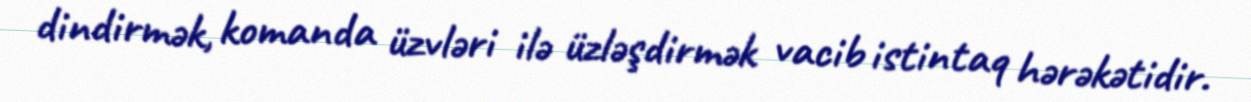
dindirmək, komanda üzvləri ilə üzləşdirmək vacib istintaq hərəkətidir.